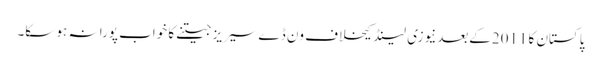
پاکستان کا 2011کےبعدنیوزی لینڈ کیخلاف ون ڈےسیریز جیتنے کا خواب پورا نہ ہو سکا۔